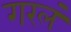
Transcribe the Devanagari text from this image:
गरलं